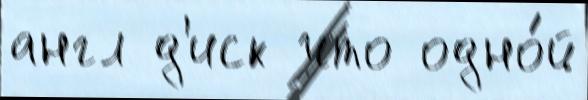
англ д'иск что одно́й